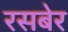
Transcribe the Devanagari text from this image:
रसबेर